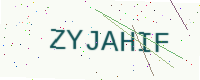
Text: ZYJAHIF